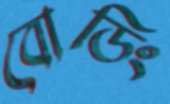
বোডিং